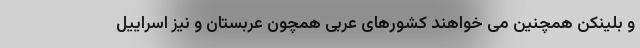
و بلینکن همچنین می خواهند کشورهای عربی همچون عربستان و نیز اسراییل